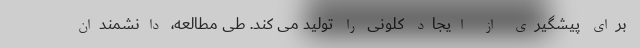
برای پیشگیری از ایجاد کلونی را تولید می کند. طی مطالعه، دانشمندان